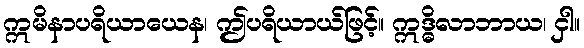
ဣမိနာပရိယာယေန၊ ဤပရိယာယ်ဖြင့်။ ဣဒ္ဓိလာဘာယ၊ ငှါ။